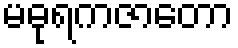
မဓုရကဇာတော